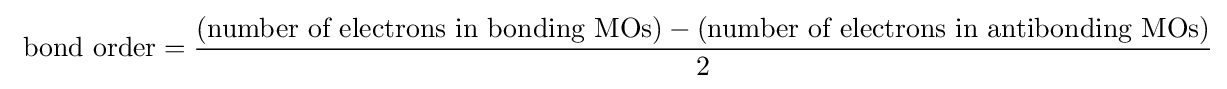
\ {\mbox{bond order}}={\frac {({\mbox{number of electrons in bonding MOs}})-({\mbox{number of electrons in antibonding MOs}})}{2}}